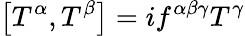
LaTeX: \left[T^{\alpha},T^{\beta}\right]=if^{\alpha\beta\gamma}T^{\gamma}